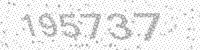
Solution: 195737